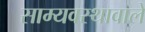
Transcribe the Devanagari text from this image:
साम्यवस्थावाले